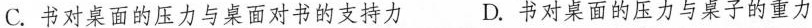
C.书对桌面的压力与桌面对书的支持力 D.书对桌面的压力与桌子的重力